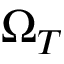
\Omega _ { T }